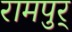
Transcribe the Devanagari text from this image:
रामपुर्